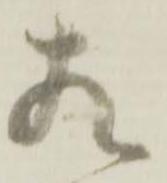
相